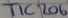
Text: TIC206